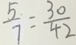
\frac { 5 } { 7 } = \frac { 3 0 } { 4 2 }